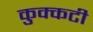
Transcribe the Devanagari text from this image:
कुक्कटी